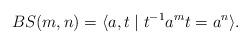
LaTeX: \begin{align*}BS(m,n) = \langle a,t \mid t^{-1} a^m t = a^n \rangle.\end{align*}